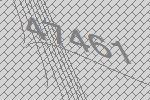
47461